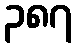
၃၈၇